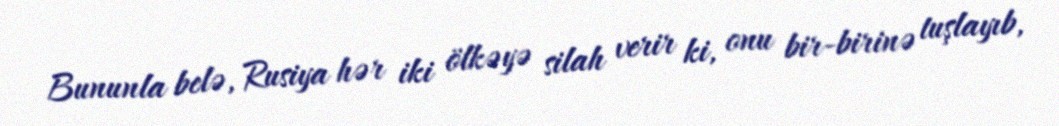
Bununla belə, Rusiya hər iki ölkəyə silah verir ki, onu bir-birinə tuşlayıb,